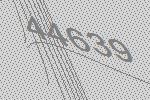
44639